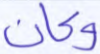
وكان